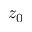
z _ { 0 }